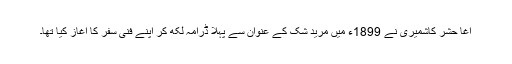
آغا حشر کاشمیری نے 1899ء میں مرید شک کے عنوان سے پہلا ڈرامہ لکھ کر اپنے فنی سفر کا آغاز کیا تھا۔